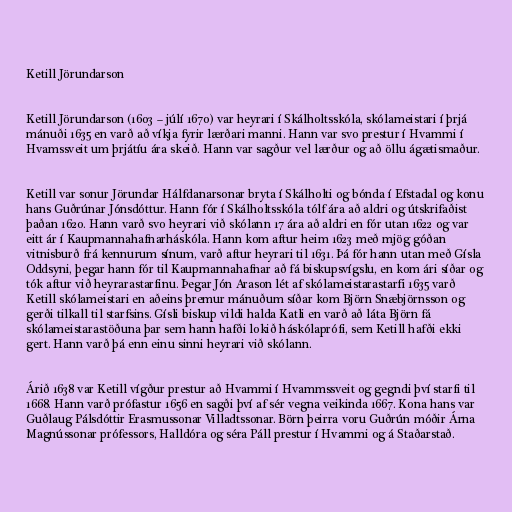
Ketill Jörundarson

Ketill Jörundarson (1603 – júlí 1670) var heyrari í Skálholtsskóla, skólameistari í þrjá
mánuði 1635 en varð að víkja fyrir lærðari manni. Hann var svo prestur í Hvammi í
Hvamssveit um þrjátíu ára skeið. Hann var sagður vel lærður og að öllu ágætismaður.

Ketill var sonur Jörundar Hálfdanarsonar bryta í Skálholti og bónda í Efstadal og konu
hans Guðrúnar Jónsdóttur. Hann fór í Skálholtsskóla tólf ára að aldri og útskrifaðist
þaðan 1620. Hann varð svo heyrari við skólann 17 ára að aldri en fór utan 1622 og var
eitt ár í Kaupmannahafnarháskóla. Hann kom aftur heim 1623 með mjög góðan
vitnisburð frá kennurum sínum, varð aftur heyrari til 1631. Þá fór hann utan með Gísla
Oddsyni, þegar hann fór til Kaupmannahafnar að fá biskupsvígslu, en kom ári síðar og
tók aftur við heyrarastarfinu. Þegar Jón Arason lét af skólameistarastarfi 1635 varð
Ketill skólameistari en aðeins þremur mánuðum síðar kom Björn Snæbjörnsson og
gerði tilkall til starfsins. Gísli biskup vildi halda Katli en varð að láta Björn fá
skólameistarastöðuna þar sem hann hafði lokið háskólaprófi, sem Ketill hafði ekki
gert. Hann varð þá enn einu sinni heyrari við skólann.

Árið 1638 var Ketill vígður prestur að Hvammi í Hvammssveit og gegndi því starfi til
1668. Hann varð prófastur 1656 en sagði því af sér vegna veikinda 1667. Kona hans var
Guðlaug Pálsdóttir Erasmussonar Villadtssonar. Börn þeirra voru Guðrún móðir Árna
Magnússonar prófessors, Halldóra og séra Páll prestur í Hvammi og á Staðarstað.